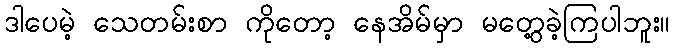
ဒါပေမဲ့ သေတမ်းစာ ကိုတော့ နေအိမ်မှာ မတွေ့ခဲ့ကြပါဘူး။